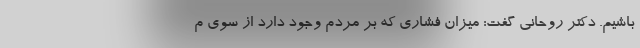
باشیم. دکتر روحانی گفت: میزان فشاری که بر مردم وجود دارد از سوی م